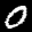
Label: 0